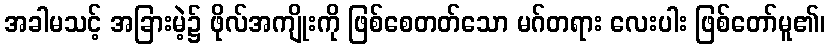
အခါမသင့် အခြားမဲ့၌ ဖိုလ်အကျိုးကို ဖြစ်စေတတ်သော မဂ်တရား လေးပါး ဖြစ်တော်မူ၏၊